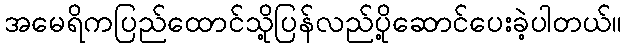
အမေရိကပြည်ထောင်သို့ပြန်လည်ပို့ဆောင်ပေးခဲ့ပါတယ်။